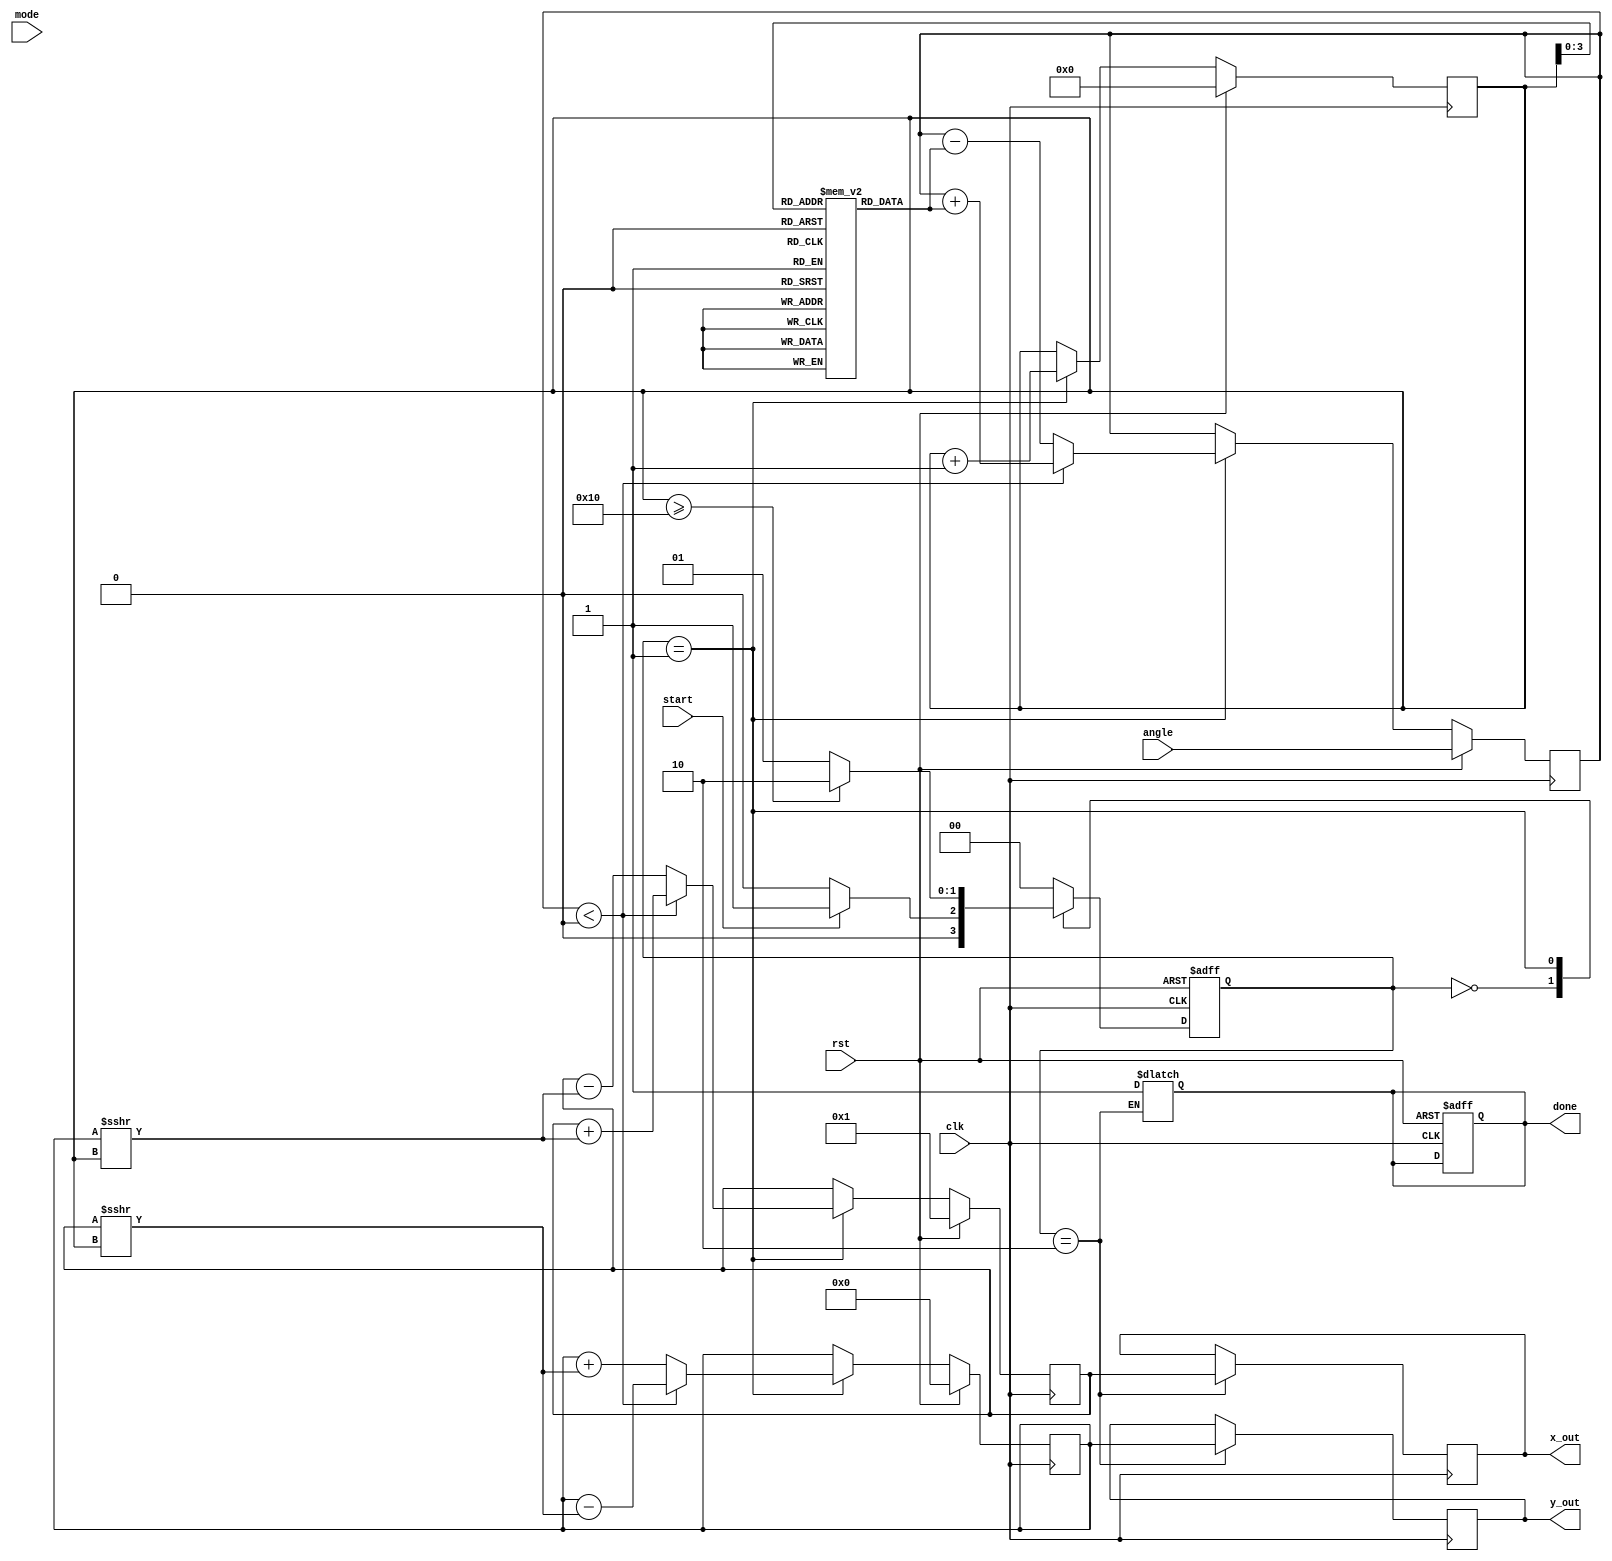
module cordic #(
    parameter DATA_WIDTH = 16,
    parameter ITERATIONS = 16
)(
    input wire clk,
    input wire rst,
    input wire [DATA_WIDTH-1:0] angle,  // Input angle in fixed-point representation
    input wire mode,                     // Mode: 0 for rotation, 1 for vectoring
    input wire start,                    // Start signal
    output reg [DATA_WIDTH-1:0] x_out,  // Output x (cosine or x component)
    output reg [DATA_WIDTH-1:0] y_out,  // Output y (sine or y component)
    output reg done                     // Done signal
);

    // Angle and Gain Lookup Tables
    reg [DATA_WIDTH-1:0] angle_lut[0:ITERATIONS-1]; // LUT for angles (atan(2^-i))
    reg [DATA_WIDTH-1:0] gain_lut[0:ITERATIONS-1];  // LUT for gains

    // Registers for CORDIC computation
    reg [DATA_WIDTH-1:0] x_reg, y_reg, z_reg;
    reg [4:0] i; // Iteration counter
    reg [1:0] state; // State machine
    reg [1:0] next_state;

    localparam IDLE = 2'b00;
    localparam RUN = 2'b01;
    localparam DONE = 2'b10;

    // Initializing LUTs
    initial begin
        // Populate angle LUT and gain LUT with precomputed values
        angle_lut[0] = 16'h0000; // atan(2^0)
        angle_lut[1] = 16'h3C90; // atan(2^-1)
        angle_lut[2] = 16'h3C30; // atan(2^-2)
        angle_lut[3] = 16'h3B6E; // atan(2^-3)
        // ... Fill in remaining LUT values
        gain_lut[0] = 16'h0000; // Gain for iteration 0
        gain_lut[1] = 16'hFFFF; // Gain for iteration 1
        gain_lut[2] = 16'hFFFE; // Gain for iteration 2
        gain_lut[3] = 16'hFFFD; // Gain for iteration 3
        // ... Fill in remaining LUT values
    end

    // State Machine for CORDIC Control
    always @(posedge clk or posedge rst) begin
        if (rst) begin
            state <= IDLE;
            done <= 1'b0;
        end else begin
            state <= next_state;
        end
    end

    always @(*) begin
        case (state)
            IDLE: begin
                if (start) begin
                    next_state = RUN;
                end else begin
                    next_state = IDLE;
                end
            end
            RUN: begin
                if (i >= ITERATIONS) begin
                    next_state = DONE;
                end else begin
                    next_state = RUN;
                end
            end
            DONE: begin
                done = 1'b1;
                next_state = IDLE; // Reset to IDLE after done
            end
            default: next_state = IDLE;
        endcase
    end

    // CORDIC Iteration Logic
    always @(posedge clk) begin
        if (rst) begin
            x_reg <= 16'h0001; // Initial x = 1.0 in fixed-point
            y_reg <= 16'h0000; // Initial y = 0.0
            z_reg <= angle;    // Start with the input angle
            i <= 0;            // Reset iteration counter
        end else if (state == RUN) begin
            // Determine direction and perform CORDIC rotation
            if (z_reg < 0) begin
                // Rotate clockwise
                x_reg <= x_reg + (y_reg >>> i);
                y_reg <= y_reg - (x_reg >>> i);
                z_reg <= z_reg + angle_lut[i];
            end else begin
                // Rotate counter-clockwise
                x_reg <= x_reg - (y_reg >>> i);
                y_reg <= y_reg + (x_reg >>> i);
                z_reg <= z_reg - angle_lut[i];
            end
            i <= i + 1; // Next iteration
        end
    end

    // Output Assignment
    always @(posedge clk) begin
        if (state == DONE) begin
            x_out <= x_reg; // Output x
            y_out <= y_reg; // Output y
        end
    end
endmodule